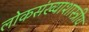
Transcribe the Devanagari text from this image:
लोकसंख्याशास्त्रीय